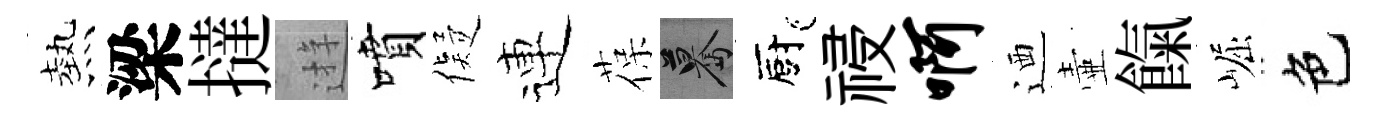
熱梁撻逰噴儗連葆驀廚祲啊迺壷餼崛色